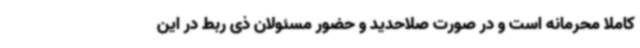
کاملا محرمانه است و در صورت صلاحدید و حضور مسئولان ذی ربط در این